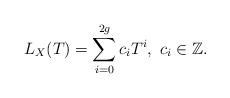
LaTeX: \begin{align*} L_X(T)= \sum_{i=0}^{2g} c_i T^i, \ c_i \in \mathbb Z.\end{align*}